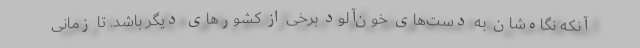
آنکه نگاه‌شان به دست‌های خون‌آلود برخی از کشورهای دیگر باشد. تا زمانی